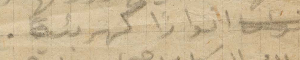
انوارًا كهربائية.